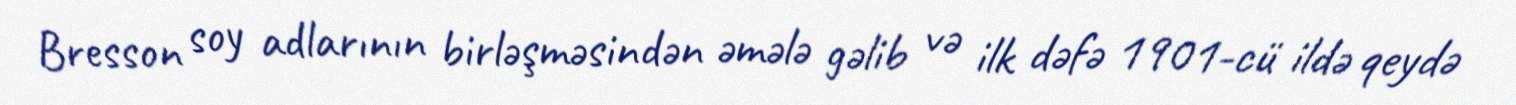
Bresson soy adlarının birləşməsindən əmələ gəlib və ilk dəfə 1901-cü ildə qeydə